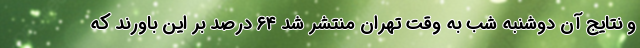
و نتایج آن دوشنبه شب به وقت تهران منتشر شد ۶۴ درصد بر این باورند که